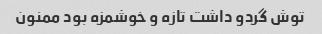
توش گردو داشت تازه و خوشمزه بود ممنون